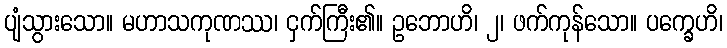
ပျံသွားသော။ မဟာသကုဏဿ၊ ငှက်ကြီး၏။ ဥဘောဟိ၊ ၂၊ ဖက်ကုန်သော။ ပက္ခေဟိ၊